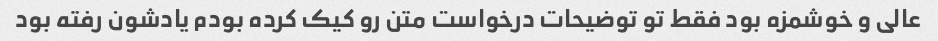
عالی و خوشمزه بود فقط تو توضیحات درخواست متن رو کیک کرده بودم یادشون رفته بود